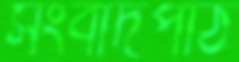
সংবাদপাঠ